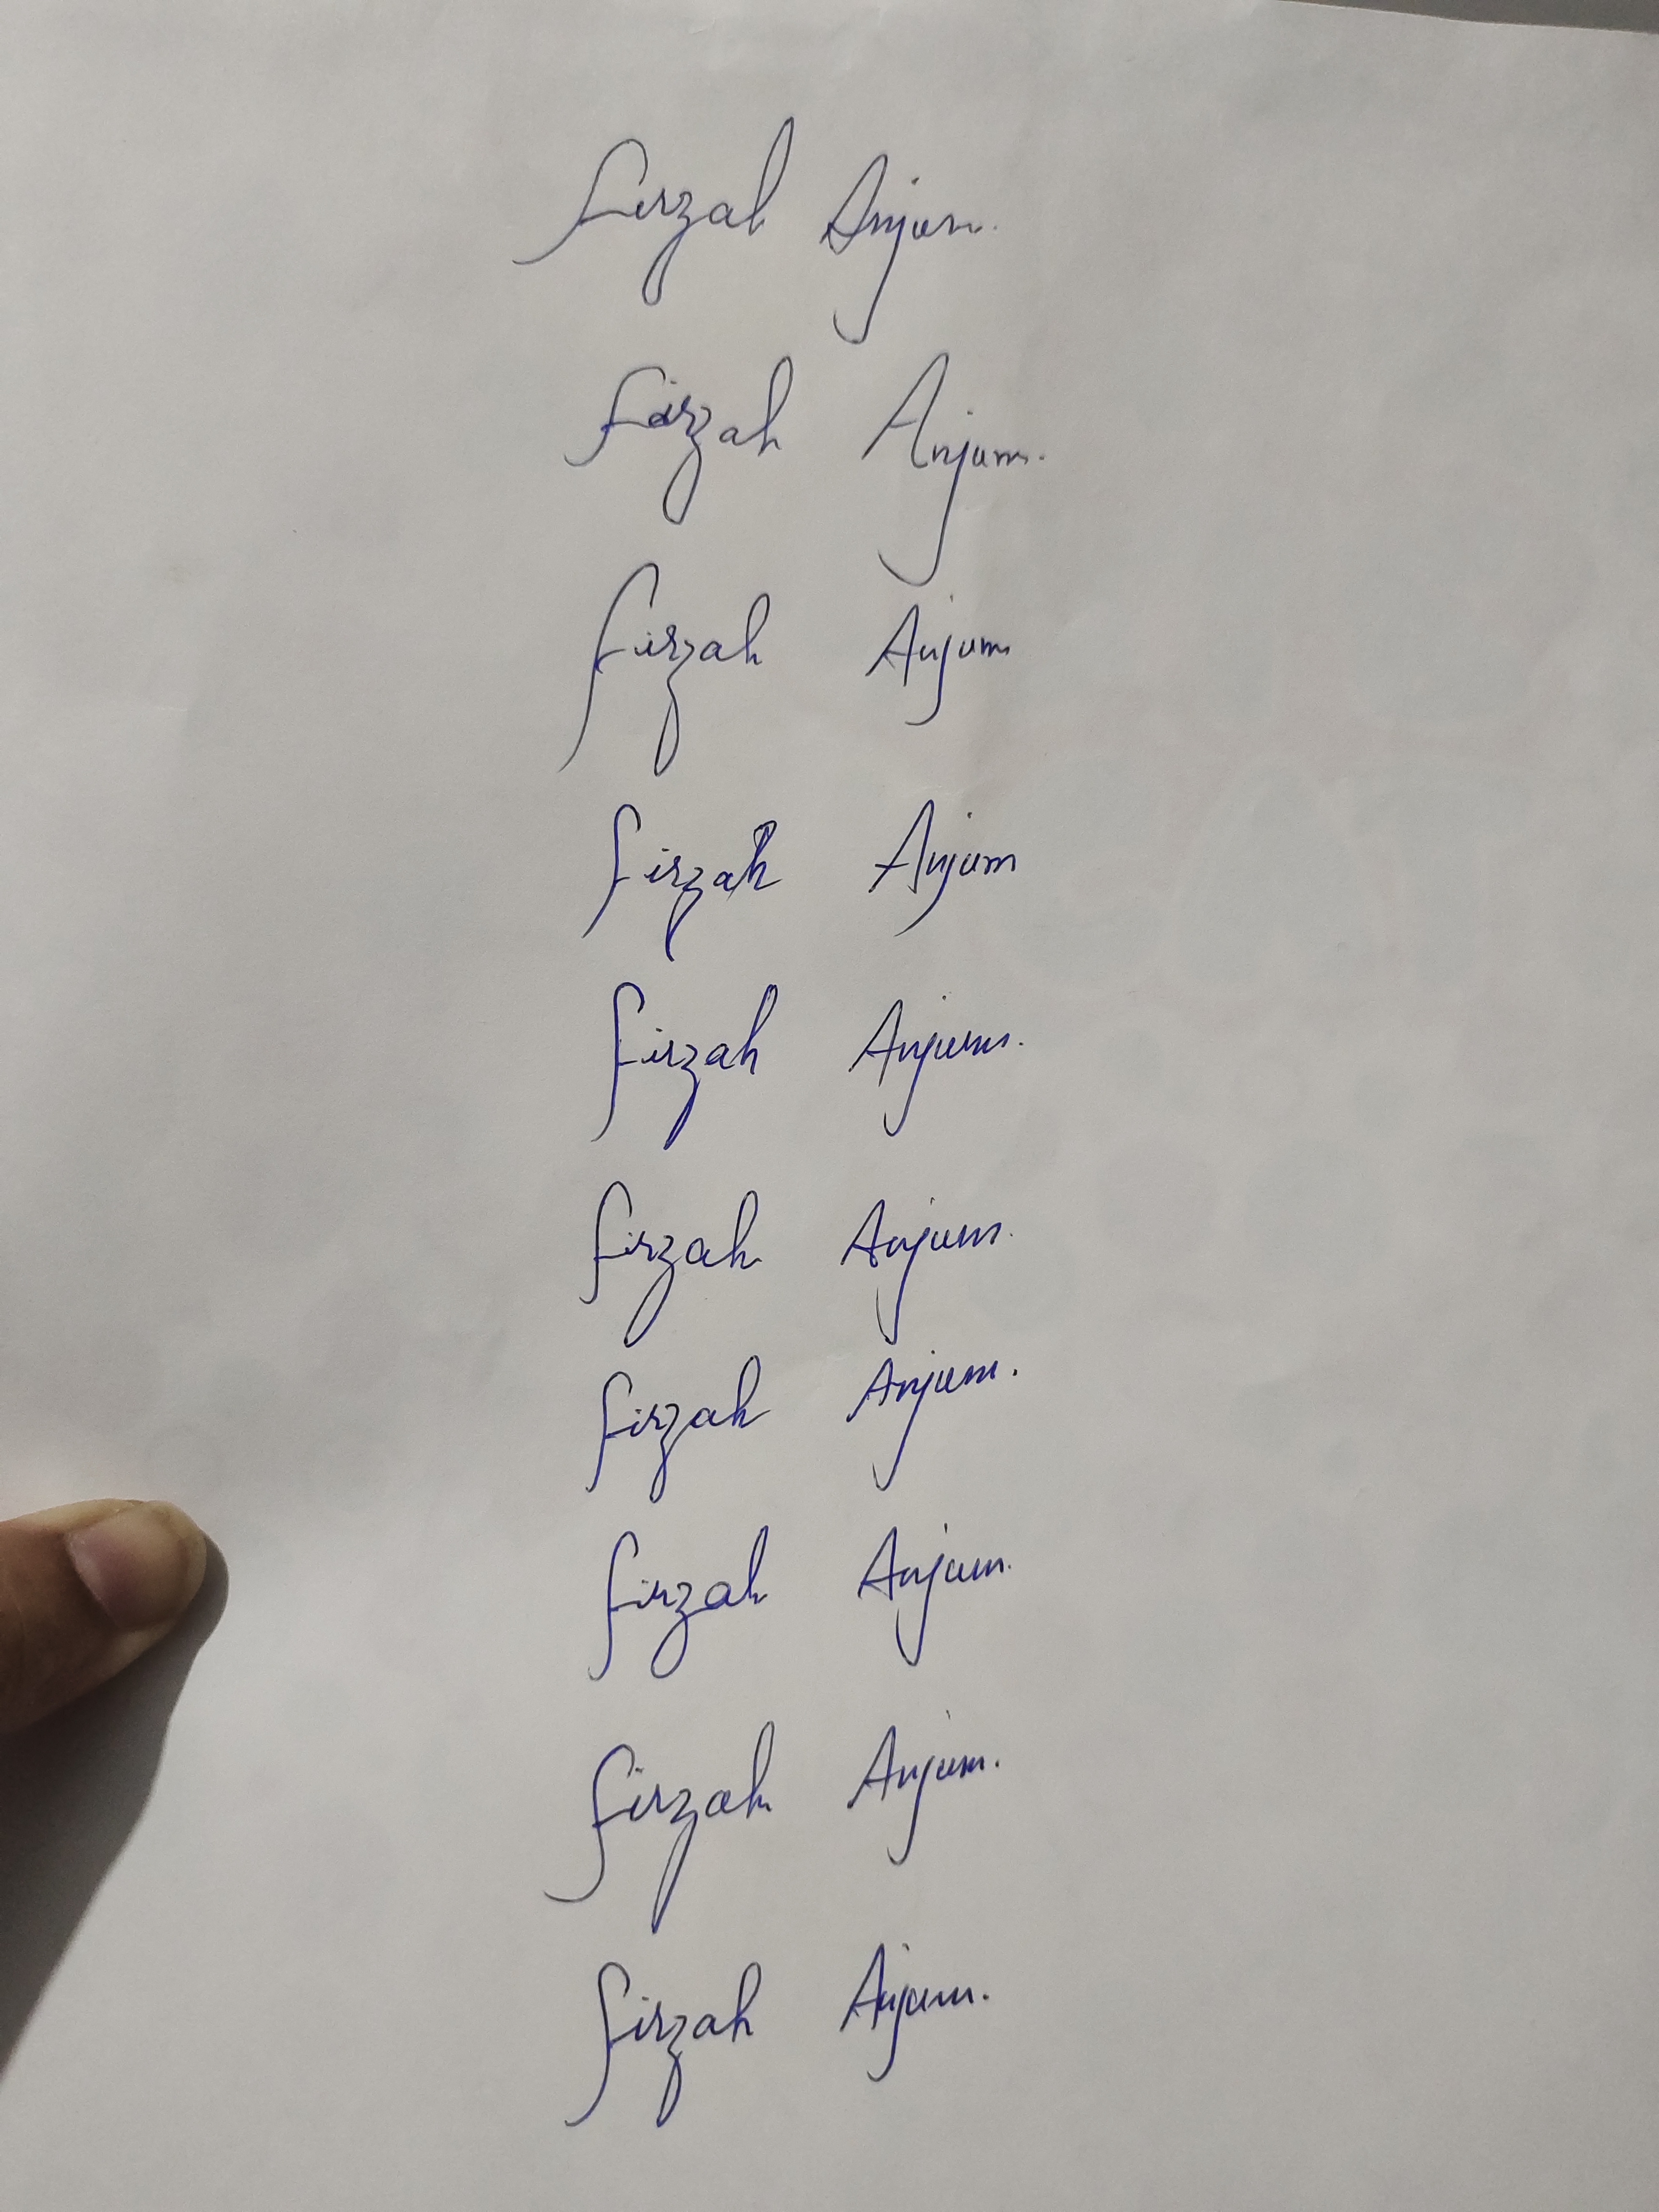
Signature authenticity: genuine